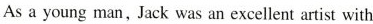
As a young man, Jack was an excellent artist with